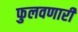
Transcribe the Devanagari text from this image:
फुलवणारी